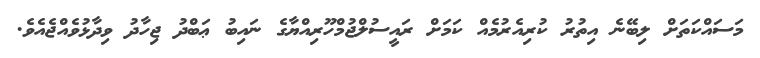
މަސައްކަތަށް ލިބޭނެ އިތުރު ކުރިއެރުމެއް ކަމަށް ރައީސުލްޖުމްހޫރިއްޔާގެ ނައިބު ޢަބްދު ޖިހާދު ވިދާޅުވެއްޖެއެވެ.